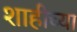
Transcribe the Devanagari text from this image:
शाहीच्या